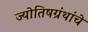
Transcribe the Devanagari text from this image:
ज्योतिषग्रंथांचे